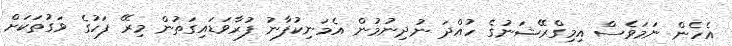
އެހެން ނަމަވެސް އިމިގްރޭޝަނުގެ ހުއްދަ ނުދިނުމުން އެމަނިކުފާނު ފުރާވަޑައިގަތުން މިރޭ ފަހުގެ ވަގުތަކަށް